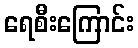
ရေစီးကြောင်း